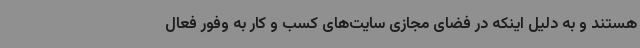
هستند و به دلیل اینکه در فضای مجازی سایت‌های کسب و کار به وفور فعال